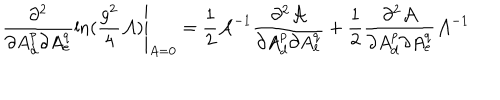
LaTeX: \left. \frac { \partial ^ { 2 } } { \partial A _ { d } ^ { p } \partial A _ { e } ^ { q } } \ln ( \frac { g ^ { 2 } } { 4 } { \cal A } ) \right| _ { A = 0 } = \frac { 1 } { 2 } { \cal A } ^ { - 1 } \frac { \partial ^ { 2 } { \cal A } } { \partial A _ { d } ^ { p } \partial A _ { e } ^ { q } } + \frac { 1 } { 2 } \frac { \partial ^ { 2 } { \cal A } } { \partial A _ { d } ^ { p } \partial A _ { e } ^ { q } } { \cal A } ^ { - 1 }